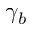
\gamma _ { b }